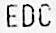
EDC